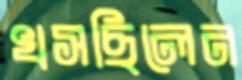
খসছিলেন